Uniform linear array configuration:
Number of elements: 32
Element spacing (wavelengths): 0.25
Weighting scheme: hamming
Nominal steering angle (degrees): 30
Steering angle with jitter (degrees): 30.288
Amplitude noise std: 0.05
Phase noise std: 0.05

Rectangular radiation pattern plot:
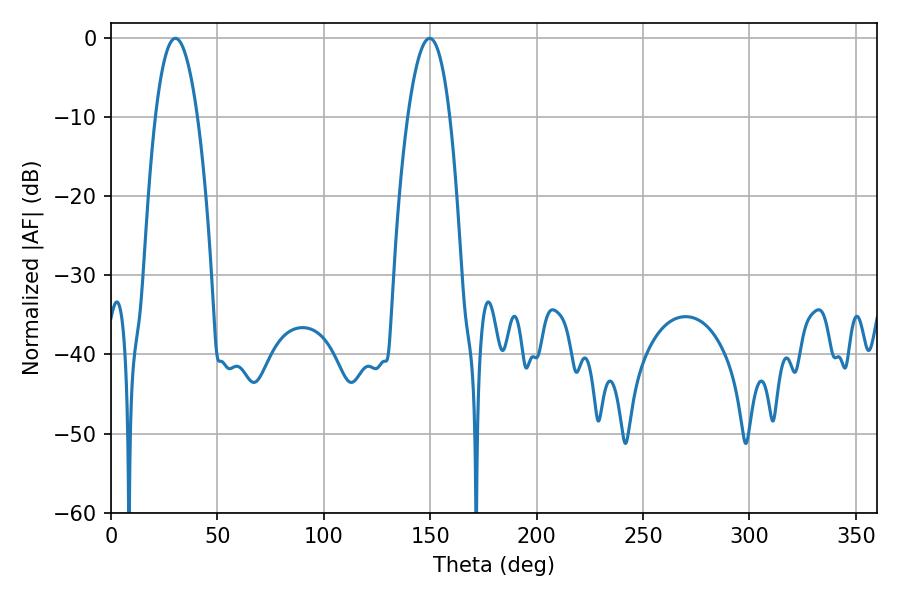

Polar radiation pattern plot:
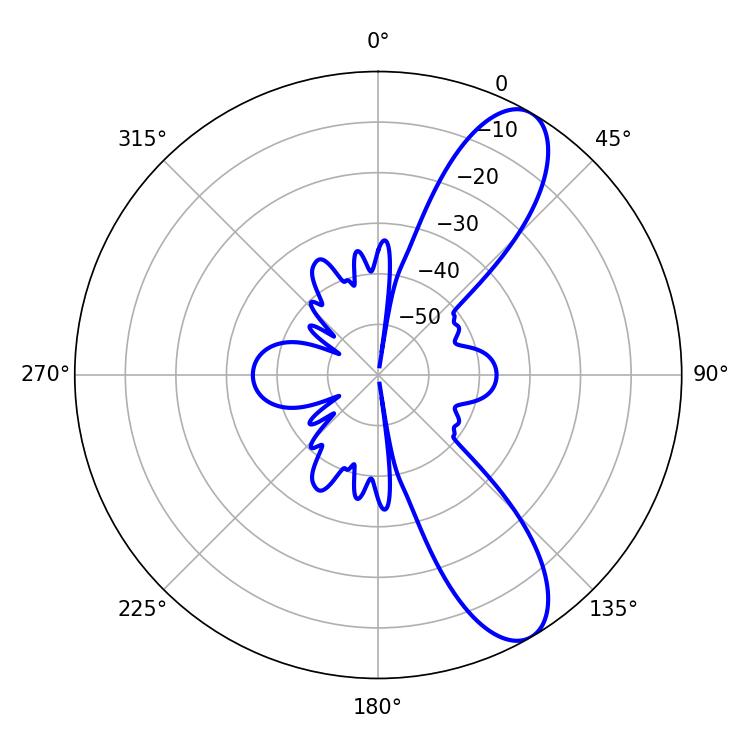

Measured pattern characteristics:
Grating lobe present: FALSE
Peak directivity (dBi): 9.852
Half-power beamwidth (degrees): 10.8
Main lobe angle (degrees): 30.24